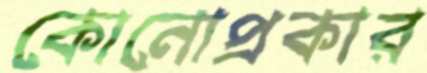
কোনোপ্রকার